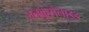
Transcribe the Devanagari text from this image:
ग्लकूरोनाइड